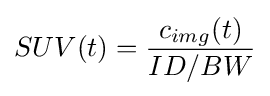
SUV(t)={\frac {c_{img}(t)}{ID/BW}}